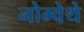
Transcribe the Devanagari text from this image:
नोम्वेथे